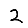
Digit: 2